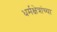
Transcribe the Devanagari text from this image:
धर्मक्षेत्रांच्या